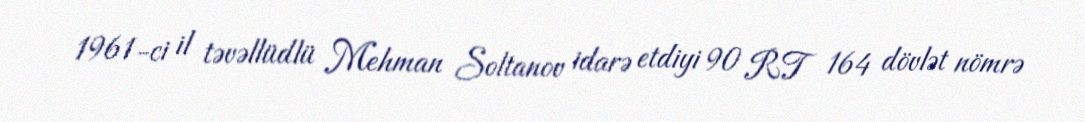
1961-ci il təvəllüdlü Mehman Soltanov idarə etdiyi 90 RT 164 dövlət nömrə